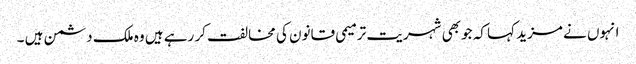
انہوں نے مزید کہا کہ جو بھی شہریت ترمیمی قانون کی مخالفت کر رہے ہیں وہ ملک دشمن ہیں ۔